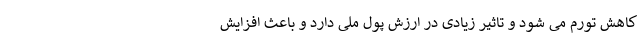
کاهش تورم می شود و تاثیر زیادی در ارزش پول ملی دارد و باعث افزایش